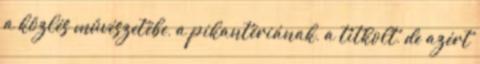
a közlés művészetébe, a pikantériának, a titkolt, de azért